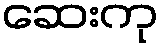
ဆေးကု